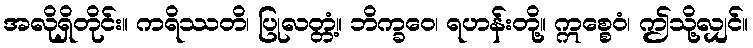
အလိုရှိတိုင်း။ ကရိဿတိ၊ ပြုလတ္တံ့။ ဘိက္ခဝေ၊ ရဟန်းတို့။ ဣစ္စေဝံ၊ ဤသို့လျှင်။